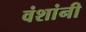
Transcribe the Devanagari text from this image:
वंशांनी